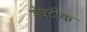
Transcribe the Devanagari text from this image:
सेफ्टीक